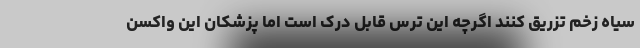
سیاه زخم تزریق کنند اگرچه این ترس قابل درک است اما پزشکان این واکسن